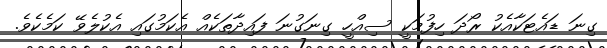
ގިނަ ޑައެޓަކާއެކު ރޯދަ ހިފުމަކީ ސިއްހީ ގިނަގުނަ ފައިދާތަކެއް އެކަމުގައި އެކުލެވޭ ކަމެކެވެ.